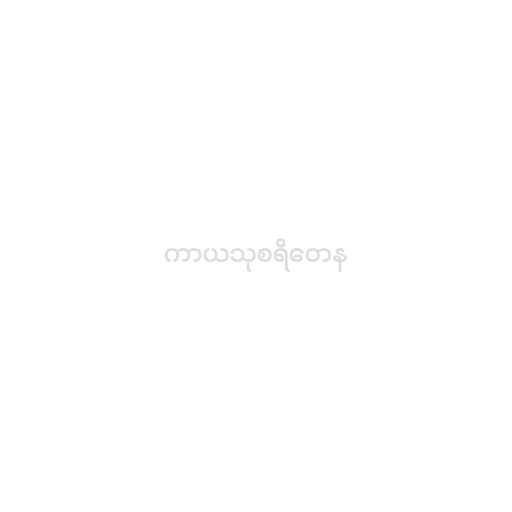
ကာယသုစရိတေန